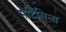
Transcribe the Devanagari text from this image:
मेटिसिन्स